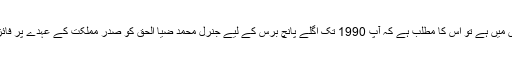
اگر آپ کا جواب ہاں میں ہے تو اس کا مطلب ہے کہ آپ 1990 تک اگلے پانچ برس کے لیے جنرل محمد ضیا الحق کو صدرِ مملکت کے عہدے پر فائز رکھنا چاہتے ہیں۔